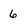
Character: 6